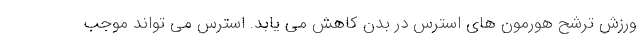
ورزش ترشح هورمون های استرس در بدن کاهش می یابد. استرس می تواند موجب